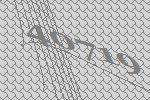
40719